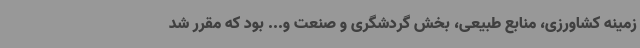
زمینه کشاورزی، منابع طبیعی، بخش گردشگری و صنعت و... بود که مقرر شد